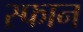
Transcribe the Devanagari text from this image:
स्फान